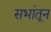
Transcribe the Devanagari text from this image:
सभांतून